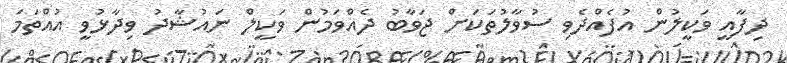
ދިފާއީ ވަކީލުން އުފެއްދެވި ސުވާލުތަކަށް ޖަވާބު ދެއްވަމުން ވަކީލް ނައުޝާދު ވިދާޅުވީ އުއްތަމަ